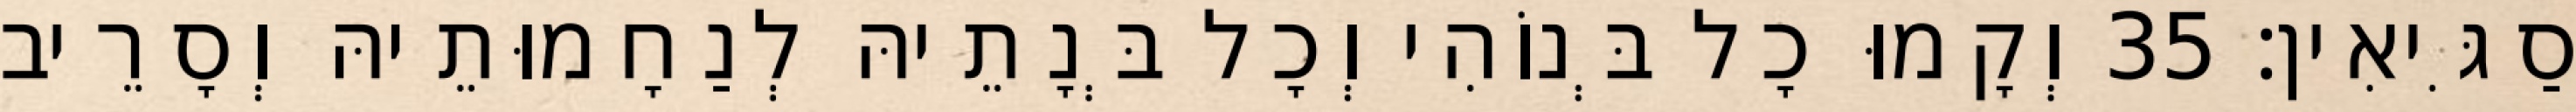
סַגִּיאִין׃ 35 וְקָמוּ כָל בְּנוֹהִי וְכָל בְּנָתֵיהּ לְנַחָמוּתֵיהּ וְסָרֵיב